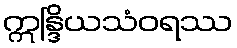
ဣန္ဒြိယသံဝရဿ